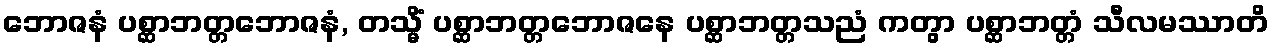
ဘောဇနံ ပစ္ဆာဘတ္တဘောဇနံ, တသ္မိံ ပစ္ဆာဘတ္တဘောဇနေ ပစ္ဆာဘတ္တသညံ ကတွာ ပစ္ဆာဘတ္တံ သီလမဿာတိ